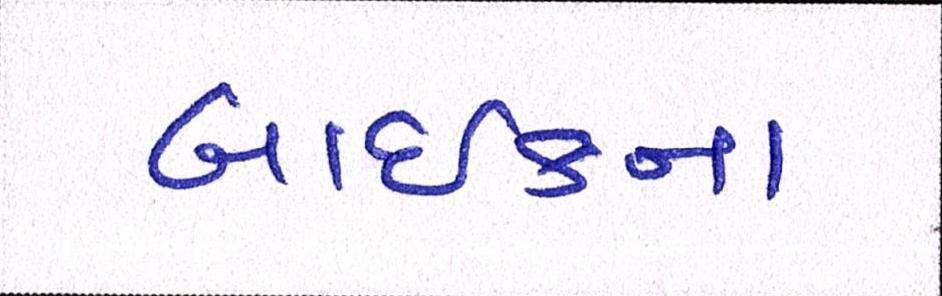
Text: બાઈકના